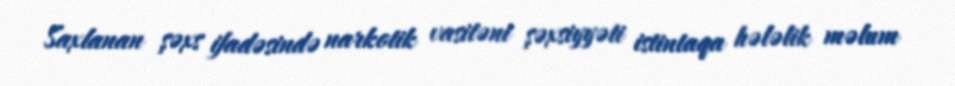
Saxlanan şəxs ifadəsində narkotik vasitəni şəxsiyyəti istintaqa hələlik məlum